On the importance of larval characters in the classification of mosquitoes - Number 25
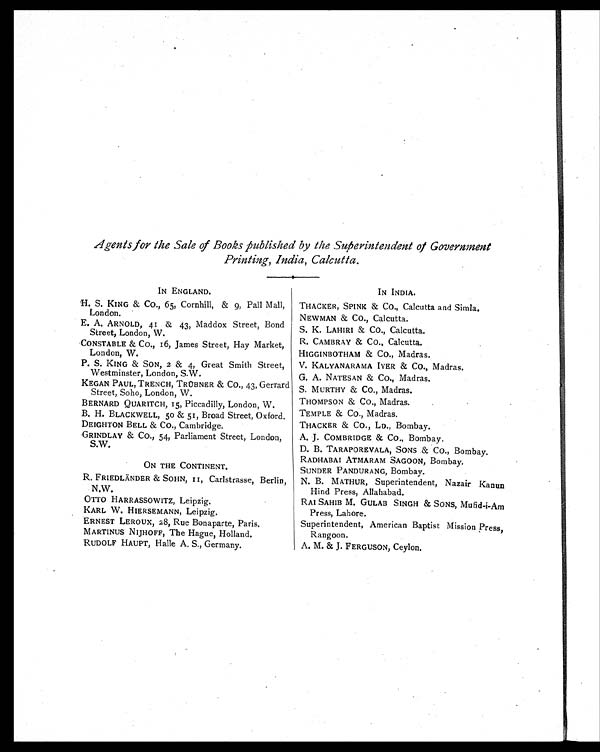
Agents for the Sale of Books published by the Superintendent of Government
Printing, India, Calcutta.
IN ENGLAND.
IN INDIA.
H. S. KING & CO., 65, Cornhill, & 9, Pall Mall,
London.
THACKER, SPINK & CO., Calcutta and Simla.
NEWMAN & CO., Calcutta.
E. A. ARNOLD, 41 & 43, Maddox Street, Bond
Street, London, W.
S. K. LAHIRI & CO., Calcutta.
CONSTABLE & CO., 16, James Street, Hay Market,
London, W.
R. CAMBRAY & CO., Calcutta.
HIGGINBOTHAM & CO., Madras.
P. S. KING & SON, 2 & 4, Great Smith Street,
Westminster, London, S.W.
V. KALYANARAMA IYER & CO., Madras.
G. A. NATESAN & CO., Madras.
KEGAN PAUL, TRENCH, TRÜBNER & CO., 43, Gerrard
Street, Soho, London, W.
S. MURTHY & CO., Madras.
BERNARD QUARITCH, 15, Piccadilly, London, W.
THOMPSON & CO., Madras.
B. H. BLACKWELL, 50 & 51, Broad Street, Oxford. TEMPLE & CO., Madras.
DEIGHTON BELL & CO., Cambridge.
THACKER & CO., LD., Bombay.
GRINDLAY & CO., 54, Parliament Street, London,
S.W.
A. J. COMBRIDGE & CO., Bombay.
D. B. TARAPOREVALA, SONS & CO., Bombay.
RADHABAI ATMARAM SAGOON, Bombay.
ON THE CONTINENT.
SUNDER PANDURANG, Bombay.
R. FRIEDLÄNDER & SOHN, 11, Carlstrasse, Berlin,
N.W.
N. B. MATHUR, Superintendent, Nazair Kanun
Hind Press, Allahabad.
OTTO HARRASSOWITZ, Leipzig.
RAI SAHIB M. GULAB SINGH & SONS, Mufid-i-Am
Press, Lahore.
KARL W. HIERSEMANN, Leipzig.
ERNEST LEROUX, 28, Rue Bonaparte, Paris.
Superintendent, American Baptist Mission Press,
Rangoon.
MARTINUS NIJHOFF, The Hague, Holland.
RUDOLF HAUPT, Halle A. S., Germany.
A. M. & J. FERGUSON, Ceylon.